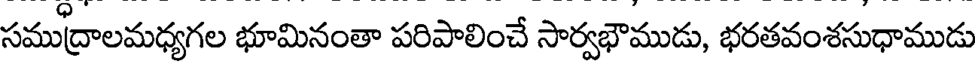
సముద్రాలమధ్యగల భూమినంతా పరిపాలించే సార్వభౌముడు, భరతవంశసుధాముడు